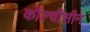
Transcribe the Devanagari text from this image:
कॉल्चीसीन